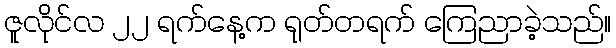
ဇူလိုင်လ ၂၂ ရက်နေ့က ရုတ်တရက် ကြေညာခဲ့သည်။